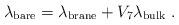
LaTeX: \begin{align*}\lambda_{\rm bare} =\lambda_{\rm brane} + V_7 \lambda_{\rm bulk}\ .\end{align*}